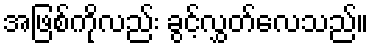
အဖြစ်ကိုလည်း ခွင့်လွှတ်လေသည်။